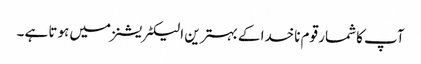
آپ کا شمار قوم ناخدا کے بہترین الیکٹریشنز میں ہوتا ہے ۔